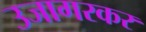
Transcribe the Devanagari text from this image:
उजागरकर